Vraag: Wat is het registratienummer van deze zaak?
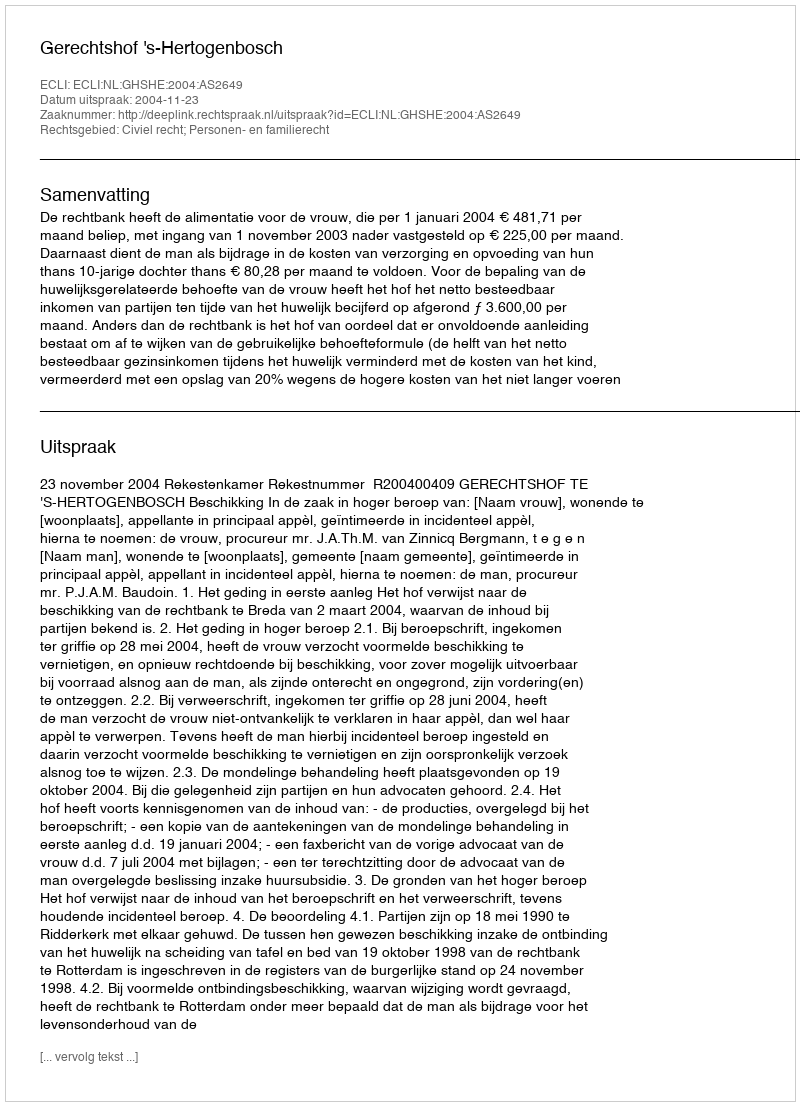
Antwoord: http://deeplink.rechtspraak.nl/uitspraak?id=ECLI:NL:GHSHE:2004:AS2649